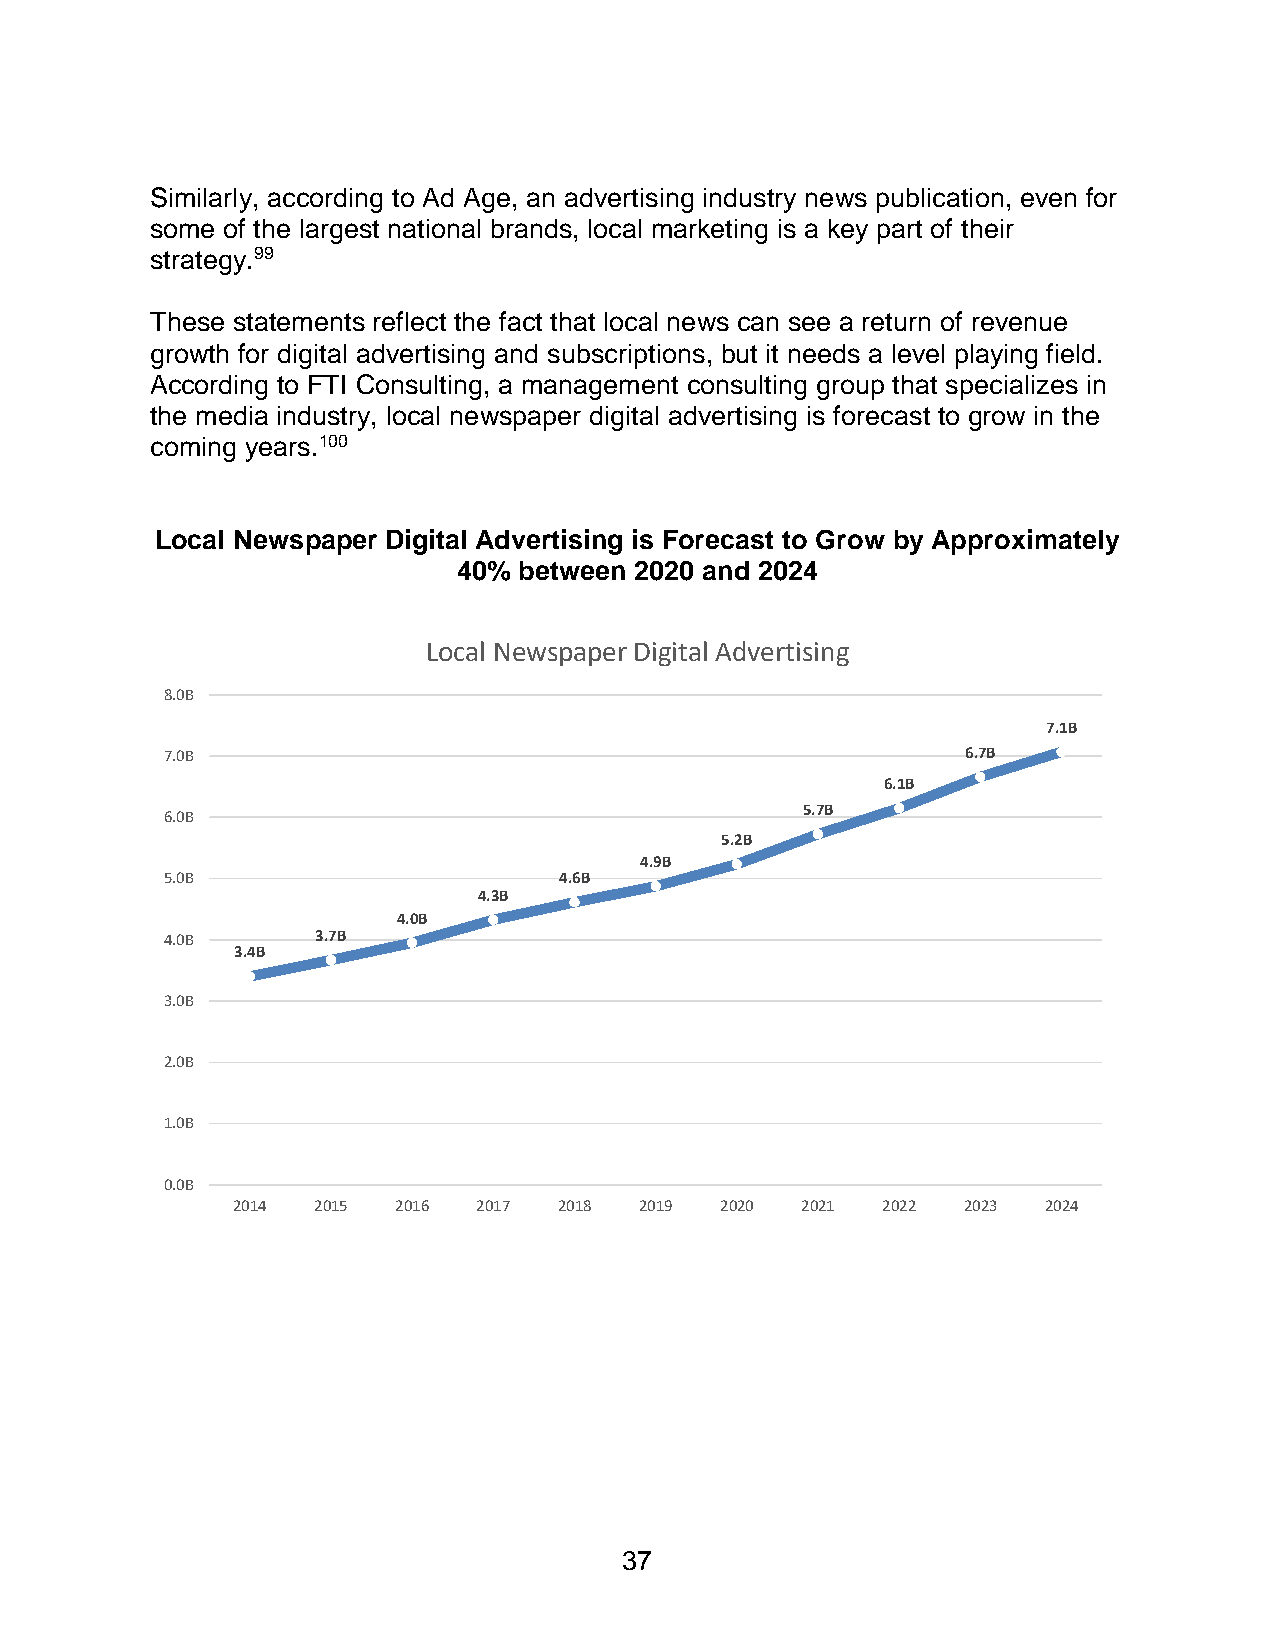
Similarly, according to Ad Age, an advertising industry news publication, even for
 some of the largest national brands, local marketing is a key part of their
 strategy.99
 These statements reflect the fact that local news can see a return of revenue
 growth for digital advertising and subscriptions, but it needs a level playing field.
 According to FTI Consulting, a management consulting group that specializes in
 the media industry, local newspaper digital advertising is forecast to grow in the
 coming years.100
 Local Newspaper Digital Advertising is Forecast to Grow by Approximately
 40% between 2020 and 2024
 Local Newspaper Digital Advertising
 8.0B
 7.1B
 7.0B                                                 6.7B
 6.1B
 5.7B
 6.0B
 5.2B
 4.9B
 5.0B                      4.6B
 4.3B
 4.0B
 4.0B      3.7B
 3.4B
 3.0B
 2.0B
 1.0B
 0.0B
 2014  2015 2016  2017 2018 2019  2020 2021 2022  2023 2024
 37